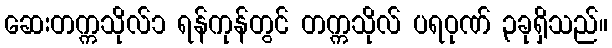
ဆေးတက္ကသိုလ်၁ ရန်ကုန်တွင် တက္ကသိုလ် ပရဝုဏ် ၃ခုရှိသည်။